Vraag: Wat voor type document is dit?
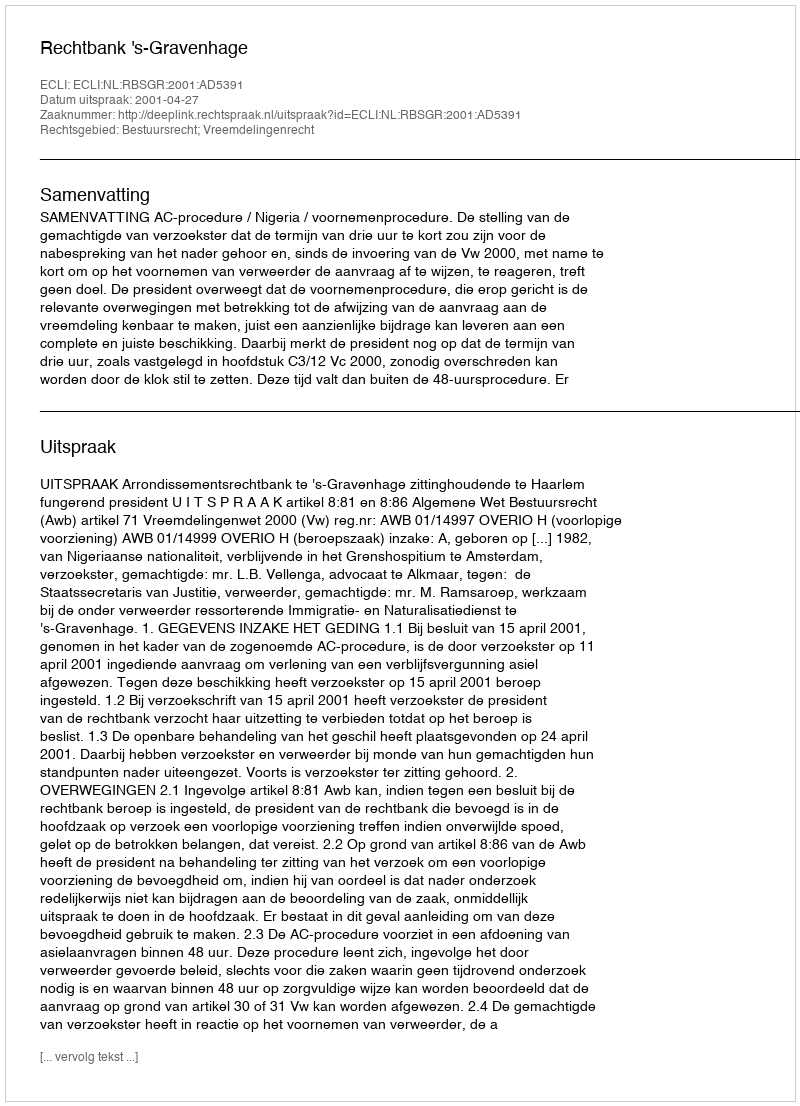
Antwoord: Uitspraak